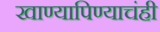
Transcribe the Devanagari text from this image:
खाण्यापिण्याचंही